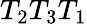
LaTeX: T_{2}T_{3}T_{1}